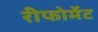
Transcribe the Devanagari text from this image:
रीफोर्मेट